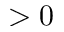
> 0